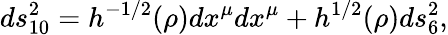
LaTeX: ds_{10}^{2}=h^{-1/2}(\rho)dx^{\mu}dx^{\mu}+h^{1/2}(\rho)ds_{6}^{2},